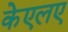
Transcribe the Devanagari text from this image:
केएलए